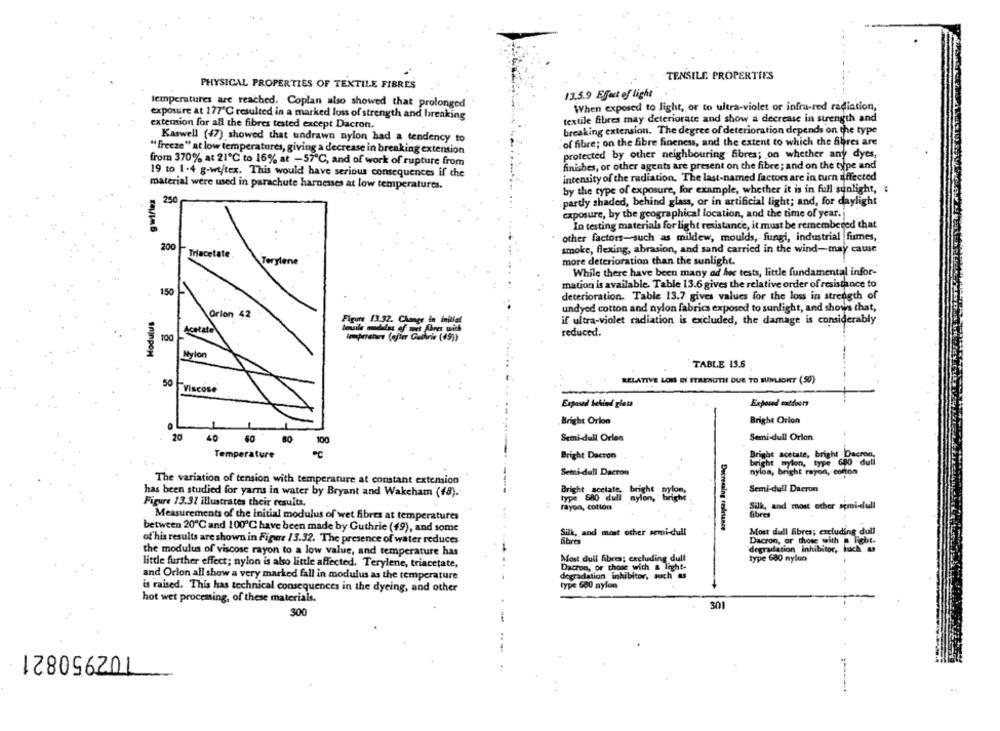
TENSILE PROPERTIES
PHYSICAL PROPERTIES OF TEXTILE FIBRES
13.5.9 Effect of light
temperatures are reached. Coplan also showed that prolonged
When exposed to light, or to ultra-violet or infra-red radiation,
exposure at 177℃ resulted in a marked loss of strength and breaking
exterion for all the fibres tested except Dacron.
textile fibres may deteriorate and show a decrease in strength and
breaking extension. The degree of deterioration depends on the type
Kaswell (47) showed that undrawn nylon had a tendency to
of fibre; on the fibre fineness, and the extent to which the fibres are
" freeze" at low temperatures, giving a decrease in breaking extension
protected by other neighbouring fibres; on whether any dyes,
from 370% at 21℃ to 16% at -57℃, and of work of rupture from
finishes, or other agents are present on the fibre ; and on the type and
19 to 1-4 g-wtftex. This would have serious consequences if the
intensity of the radiation. The last-named factors are in turn affected
material were used in parachute harnesses at low temperatures.
by the type of exposure, for example, whether it is in full sunlight, :
250
partly shaded, behind glass, or in artificial light; and, for daylight
exposure, by the geographical location, and the time of year.
In testing materials for light rexistance, it must be remembered that
other factors-such as mildew, moulds, fungi, industrial fumes,
200 -
smoke, flexing, abrasion, and sand carried in the wind-may cause
etate
Terylene
more deterioration than the sunlight.
While there have been many ad hoc tests, little fundamental infor-
mation is available. Table 13.6 gives the relative order of resistance to
150
deterioration. Table 13.7 gives values for the loss in strength of
undyed cotton and nylon fabrica exposed to sunlight, and shows that,
Modulus
Orion 42
Firme 13.32. Changer in initial
if ultra-violet radiation is excluded, the damage is considerably
Acetate
reduced.
100
Mylon
TABLE 13.6
RELATIVE LOIS DI STRENGTH DUE TO SUNLIGHT (50)
50
Viscose
Exposed outdoors
Bright Orlon
Bright Orion
20
40
60
Semi-dull Orlen
Semi-dull Orion
100
Bright acetate, bright Dacron,
Temperature
Bright Dacron
bright mylon, type 680 dull
Semi-dull Dacron
nylon, bright rayon, corton
The variation of tension with temperature at constant extension
Bright acclate, bright
Semi-dull Dacron
has been studied for yarns in water by Bryant and Wakeham (48).
type 680 dull
nylon,
Figure 13.37 illustrates their results.
Silk, and most other apmoi-dull
rayon, cotion
Measurements of the initial modulus of wet fibres at temperatures
fibres
between 20℃ and 100℃ have been made by Guthrie (49), and some
Silk, and most other semi-dull
Decreasing resistance
Most dull fibres; excluding dull
of his results are shown in Figure 13.32. The presence of water reduces
Abres
Dacron, or those with = light-
degradation Inhibitor, such as
the modulus of viscose rayon to a low value, and temperature has
Most duil fibres; excluding dull
type 680 nylon
little further effect; nylon is also little affected. Terylene, triacetate,
Dacron, or those with & light-
and Orlon all show a very marked fall in modulus as the temperature
degradation inhibitor, such as
type 600 nylon
is raised. This has technical consequences in the dyeing, and other
hot wet processing, of these materials.
301
300
102950821